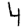
Digit: 4